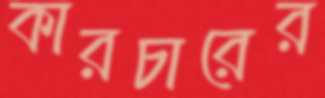
কারচারের